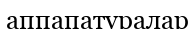
аппапатуралар